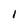
Character: I